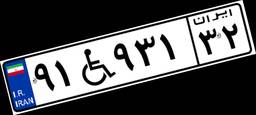
۹۱W۹۳۱۳۲